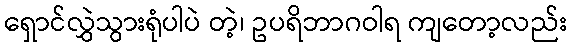
ရှောင်လွှဲသွားရုံပါပဲ တဲ့၊ ဥပရိဘာဂဝါရ ကျတော့လည်း